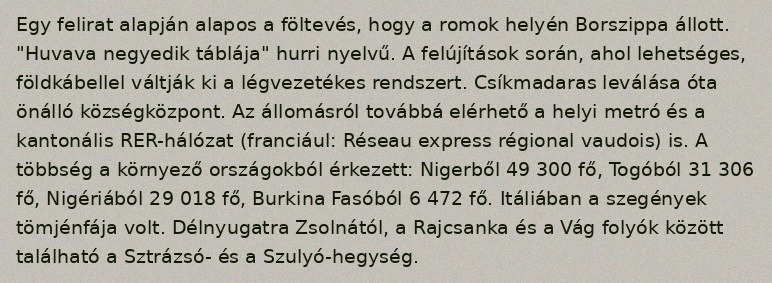
Egy felirat alapján alapos a föltevés, hogy a romok helyén Borszippa állott. "Huvava negyedik táblája" hurri nyelvű. A felújítások során, ahol lehetséges, földkábellel váltják ki a légvezetékes rendszert. Csíkmadaras leválása óta önálló községközpont. Az állomásról továbbá elérhető a helyi metró és a kantonális RER-hálózat (franciául: Réseau express régional vaudois) is. A többség a környező országokból érkezett: Nigerből 49 300 fő, Togóból 31 306 fő, Nigériából 29 018 fő, Burkina Fasóból 6 472 fő. Itáliában a szegények tömjénfája volt. Délnyugatra Zsolnától, a Rajcsanka és a Vág folyók között található a Sztrázsó- és a Szulyó-hegység.